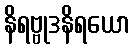
နိရဗ္ဗုဒနိရယော